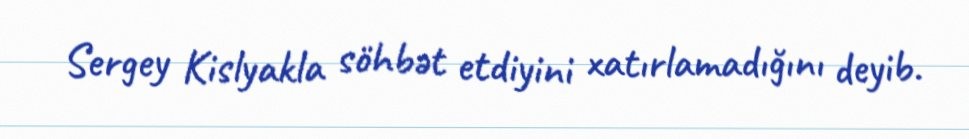
Sergey Kislyakla söhbət etdiyini xatırlamadığını deyib.